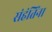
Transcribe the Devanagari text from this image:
संहंतिंना